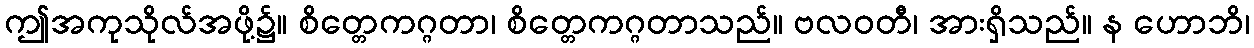
ဤအကုသိုလ်အဖို့၌။ စိတ္တေကဂ္ဂတာ၊ စိတ္တေကဂ္ဂတာသည်။ ဗလဝတီ၊ အားရှိသည်။ န ဟောဘိ၊